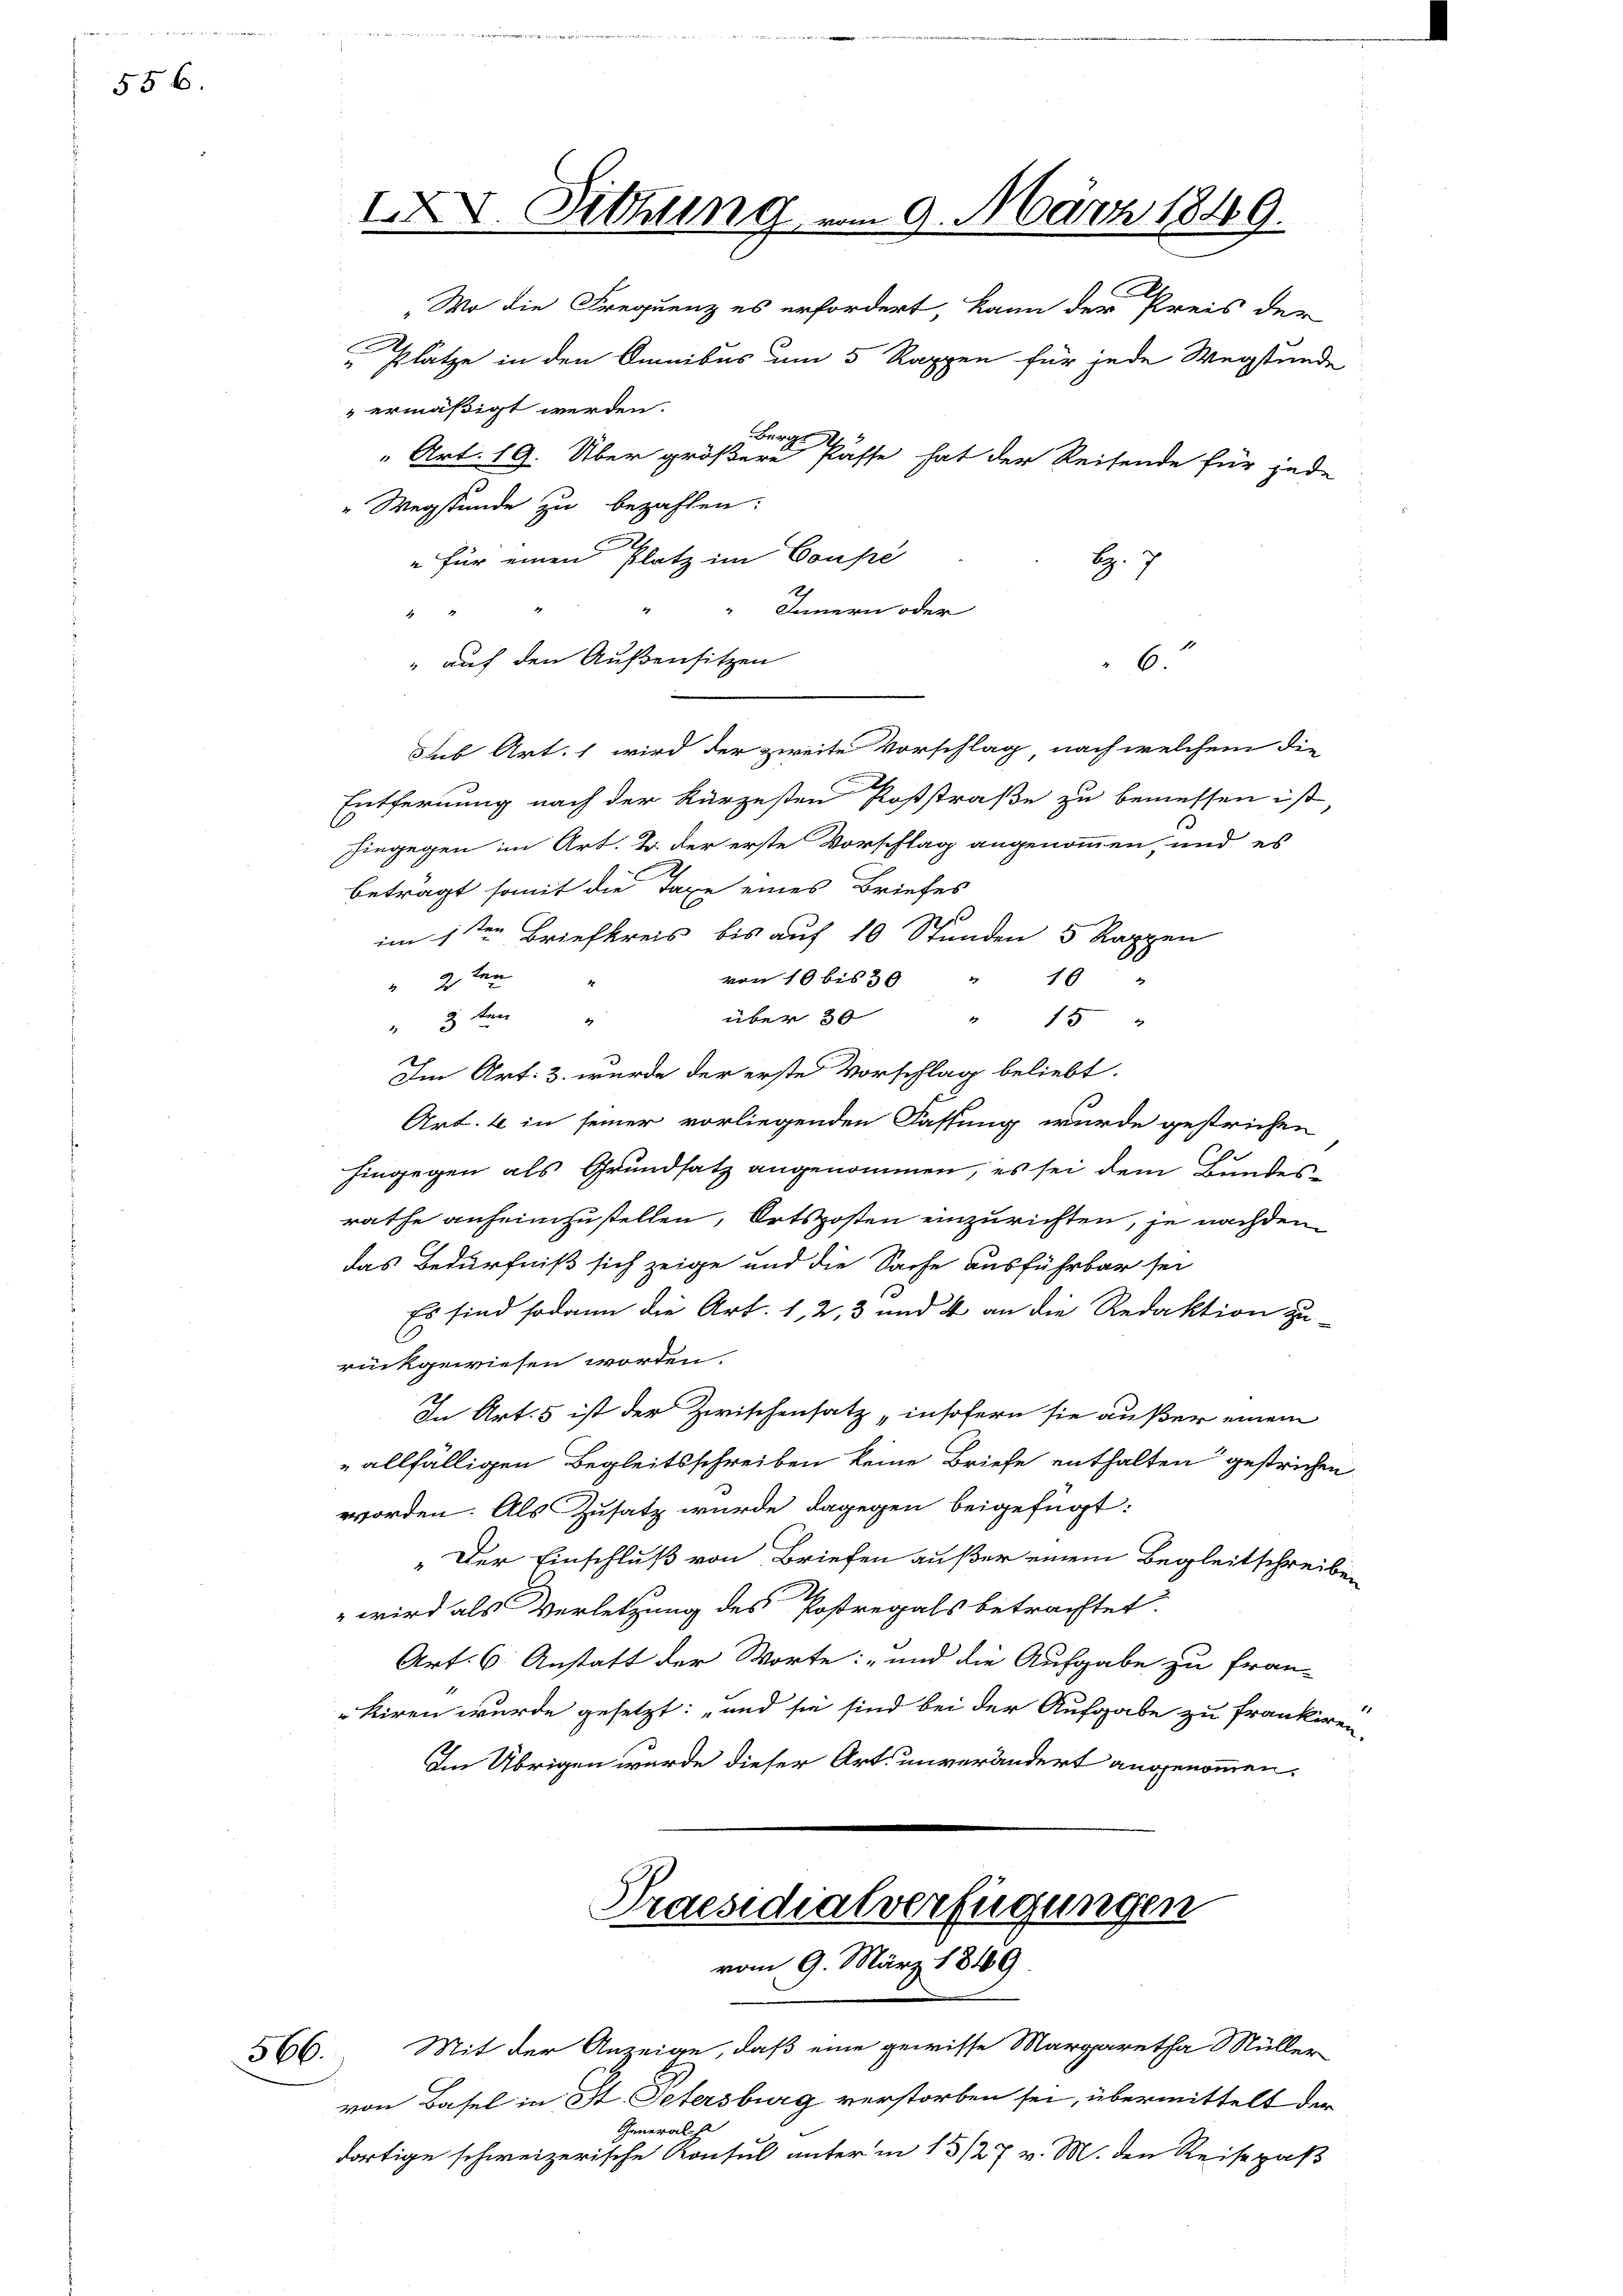
556.

sub Art. 1 wird der zweite Vorschlag nach welchem die
Entfernung nach der kürzesten Poststraße zu bemessen ist,
hingegen in Art. B. der erste Vorschlag angenommen, und es
beträgt somit die Taxe eines Briefes
2
im 1sten Briefkreis bis auf 10 Stunden 5 Rappen
von 10 bis 30 " 10 "
 2ten
über 30
 3 ten
" 15
Im Art: 3. wurde der erste Vorschlag beliebt.
Art. 6 in seiner vorliegenden Fassung wurde gestrichen
hingegen als Grundsatz angenommen, es sei dem Bundesrathe anheimzustellen, Ortsposten einzurichten, je nachdem
das Bedürfniß sich zeige und die Sache ausführbar sei
1
Es sind sodann die Art. 1, 2, 3 und 4 an die Redaktion zu-
rückgewiesen worden.
In Art. 5 ist der Zwischensatz „insofern sie außer einem
„allfälligen Begleitsschreiben keine Briefe enthalten gestrichen
worden. Als Zusatz wurde dagegen beigefügt:
" Der Einschluß von Briefen außer einem Begleitschreib
 wird als Verletzung des Postregals betrachtet.
Art. 6. Anstatt der Worte: „und die Aufgabe zu fran-
kiren wurde gesetzt: „und sie sind bei der Aufgabe zu franker
Im Übrigen wurde dieser Art. unverändert angenommen.

XV. Sitzung vom 9. März 1849.
„Wo die Frequenz es erfordert, kann der Preis der
Plätze in den Omnibus um 5 Rappen für jede Wegstunde
ermäßigt werden.
Berge
" Art. 19. Über größere Pässe hat der Reisende für jede
"Wegstunde zu bezahlen.
" für einen Platz im Coupé
H. 7
1
 Innern oder
44

" auf den Außensitzen
6.

Praesidialverfügungen
vom 9. März 1849

566. Mit der Anzeige, daß eine gewisse Margaretha Müller
von Basel in St. Petersburg verstorben sei, übermittelt die
Generalh
dortige schweizerische Konsul unter in 13/27 v. M. den Reisepaß